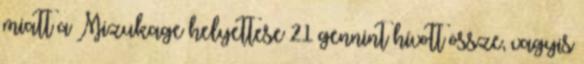
miatt a Mizukage helyettese 21 gennint hívott össze, vagyis